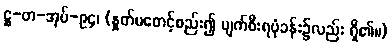
ဋ္ဌ-တ-အုပ်-၉၄၊ (နှုတ်မစောင့်စည်း၍ ပျက်စီးရပုံခန်း၌လည်း ရှိ၏။)